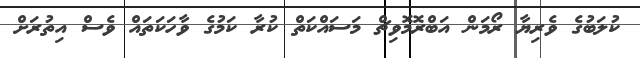
ކުލަބުގެ ވެރިޔާ ރޯމަން އަބްރޮމޮވިޗް މަސައްކަތް ކުރާ ކަމުގެ ވާހަކަތައް ވެސް އިތުރަށް